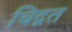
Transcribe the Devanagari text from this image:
चिद्गत